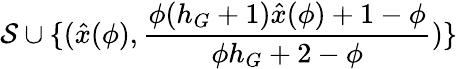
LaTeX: \mathcal{S}\cup\{ (\hat{x}(\phi),\frac{\phi(h_{G}+1)\hat{x}(\phi)+1-\phi}{\phi h_{G}+2-\phi})\}